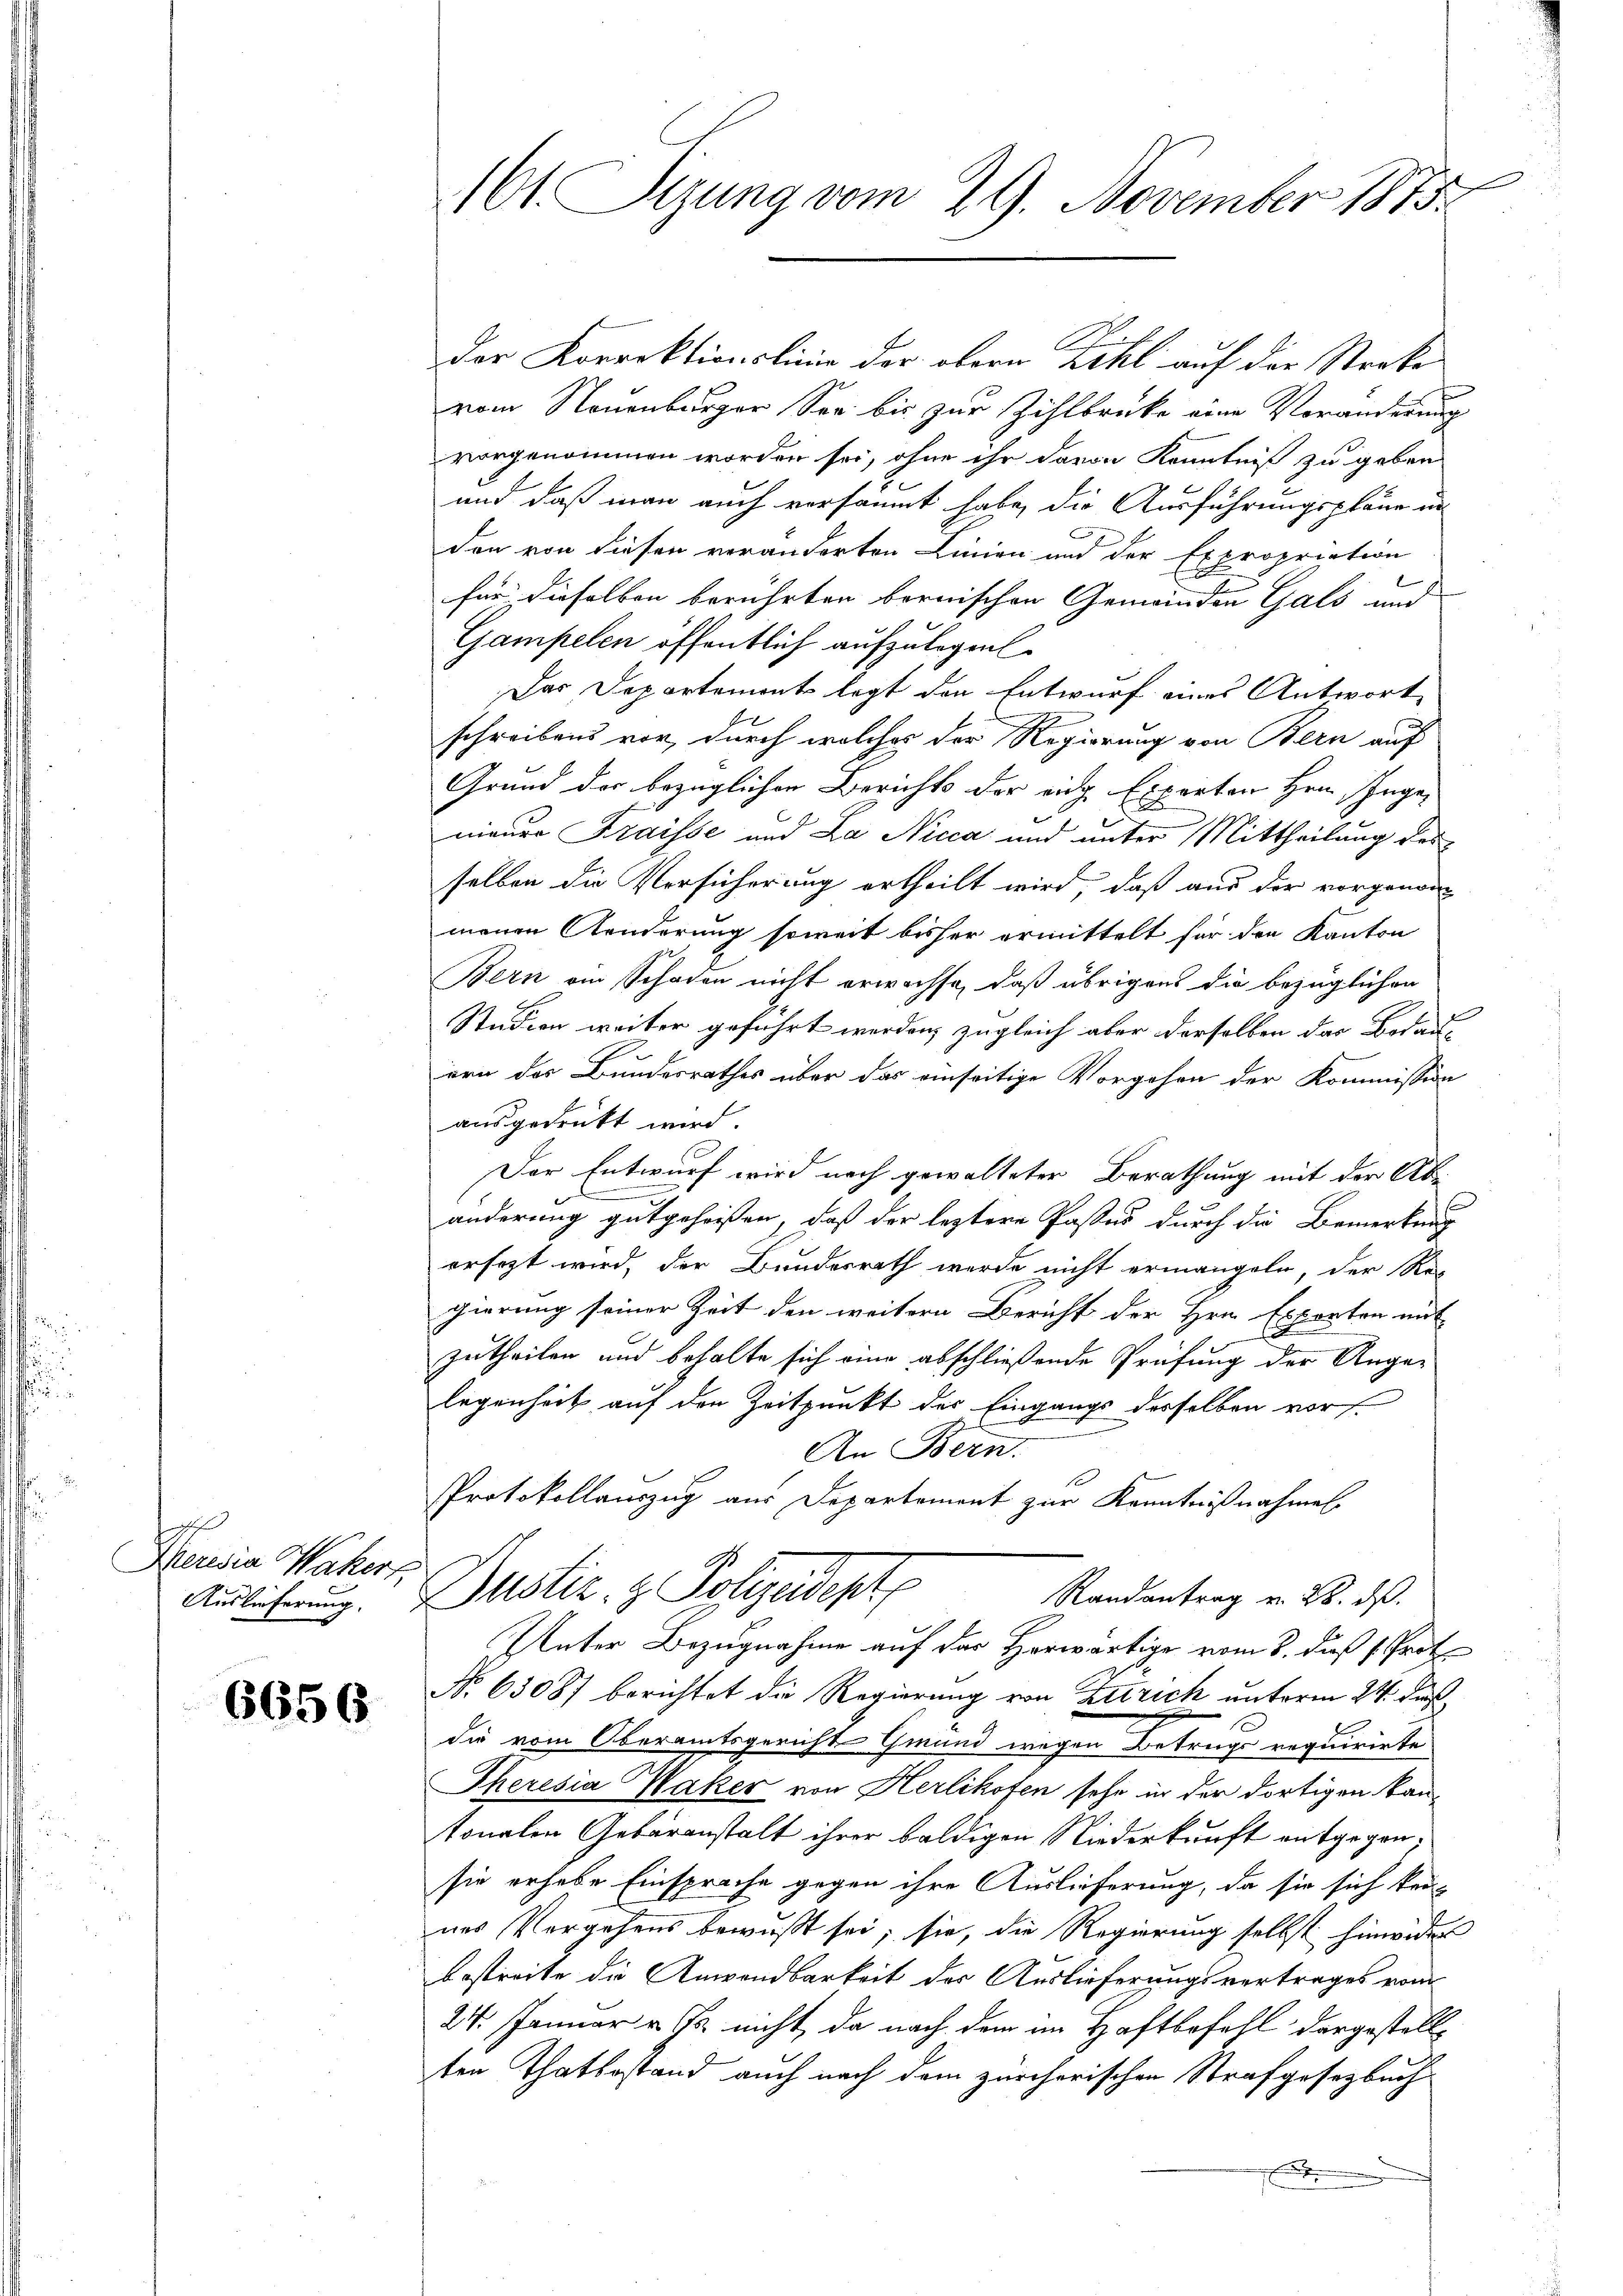
f
Meresia Wakert,
Auslieferung.

6656

161. Sizung vom 29. November 1875.

der Korrektionslinie der obern Zihl auf der Streke
vom Neuenburger See bis zur Zihlbrücke eine Veränderung
vorgenommen worden sei, ohne ihr davon Kenntniß zu geben
und daß man auch versäumt habe, die Ausführungspläne in
den von diesen veränderten Linien und der Expropriation
für dieselben berührten bernischen Gemeinden Gals und
Gampelen öffentlich aufzulegel.
Das Departemont legt den Entwurf eines Antwort
schreibens vor, durch welches der Regierung von Bern auf
Grund der bezüglichen Berichts der eige Experten Hrn. Ingemauer Fraisse und La Nicca und unter Mittheilung des
selben die Versicherung ertheilt wird, daß aus der vorgenom
menen Aenderung soweit bisher ermittelt für den Kanton
Bern am Schaden nicht erwachse, daß übrigens die bezüglichen
Studion weiter geführt werden, zugleich aber derselben das Bodau-
ern das Bundesrathes über das einseitige Vorgehen der Kommission
ausgedrückt wird.
Der Entwurf wird noch gewalteter Berathung mit der Abn
änderung gutgeheißen, daß der leztere Pastes durch die Bemerkung
ersezt wird, der Bundesrath werde nicht ermangeln, der Re
gierung seiner Zeit den weitern Bericht der Hrn. Exporten mit
.
zutheilen und behalte sich eine abschließende Prüfung der Angelegenheit auf den Zeitpunkt des Eingangs desselben vor
An Bern.
Protokollauszug aus Departement zur Kenntnißnahmen.
Justiz & Polizeideste
Randantrag u. 28. ds.
Unter Bezugnahme auf das Horwärtige vom 8. dieß (Proto
No. 63087 berichtet die Regierung von Zutrich unterm 24. des
die vom Oberamtsgericht Gmund wegen Betrugs requirirte
Theresia Waker von Herlikofen sehr in der dortigen Bautonalen Gebäranstalt ihrer baldigen Niederkunft entgegensie erhabe Einsprache gegen ihre Auslieferung, da sie sich kei-
nes Vergehens bewußt sei; sie, die Regierung selbst hinwider
bestreite die Anwendbarkeit des Auslieferungsvertrages vom
24. Januar u. B. nicht, da nach dem im Haftbefehl der gestellten Thatbestand auch nach dem zürcherischen Strafgesetzbuch
f